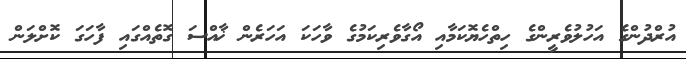
އުރްދުންގެ އަހުލުވެރީންގެ ހިތްހެޔޮކަމާއި އޯގާވެރިކަމުގެ ވާހަކަ އަހަރެން ޚާއްސަ ގޮތެއްގައި ފާހަގަ ކޮށްލަން